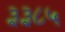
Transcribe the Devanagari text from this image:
३३८५